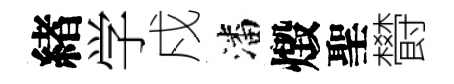
緖学戍潘燬聖欎